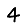
Digit: 4